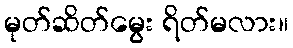
မုတ်ဆိတ်မွေး ရိတ်မလား။